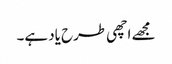
مجھے اچھی طرح یاد ہے۔